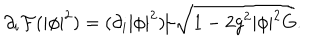
LaTeX: \partial _ { i } { \cal F } ( | \phi | ^ { 2 } ) = ( \partial _ { i } | \phi | ^ { 2 } ) / \sqrt { 1 - 2 g ^ { 2 } | \phi | ^ { 2 } G } .